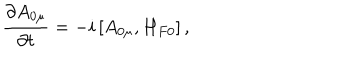
\frac { \partial A _ { 0 \mu } } { \partial t } = - i \left[ A _ { 0 \mu } , H _ { F 0 } \right] ,